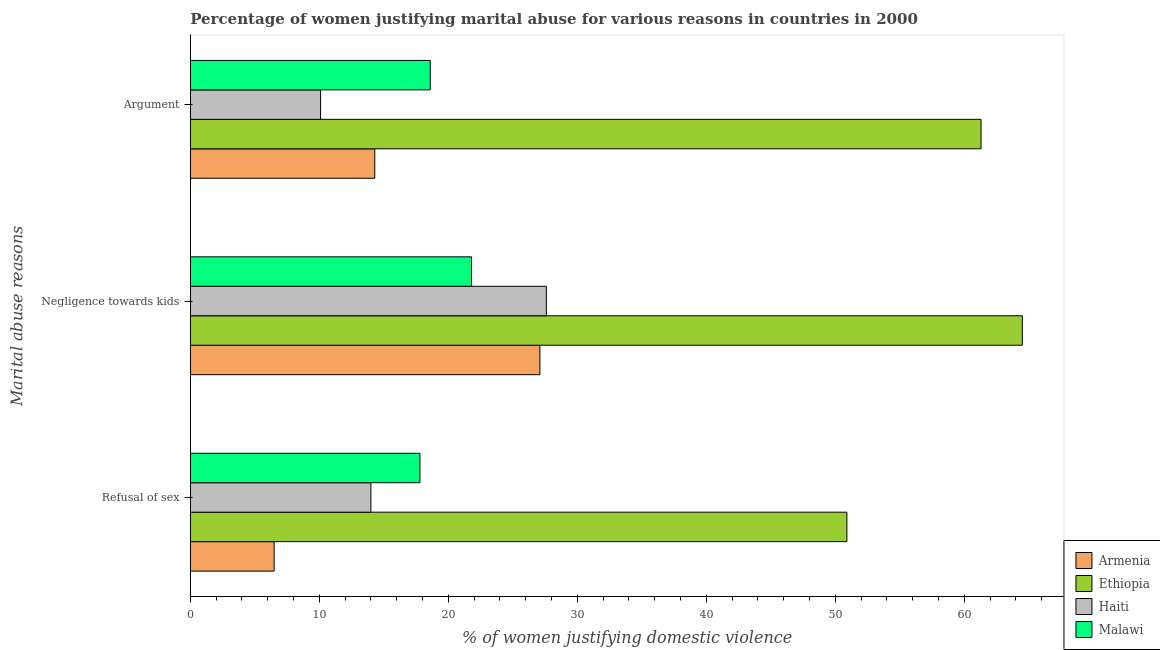
| Marital abuse reasons | Armenia | Ethiopia | Haiti | Malawi |
 | --- | --- | --- | --- | --- |
 | Refusal of sex | 6.5 | 50.9 | 14 | 17.8 |
 | Negligence towards kids | 27.1 | 64.5 | 27.6 | 21.8 |
 | Argument | 14.3 | 61.3 | 10.1 | 18.6 |